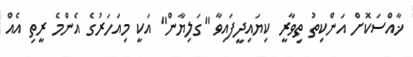
ޚާއްސަކޮށް އަންކިތު ތިވާރީ ކިޔައިދީފައިވާ "ގަލިޔާން" އަކީ މިއަހަރުގެ އެންމެ ރީތި އެއް